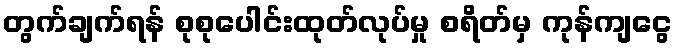
တွက်ချက်ရန် စုစုပေါင်းထုတ်လုပ်မှု စရိတ်မှ ကုန်ကျငွေ